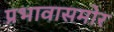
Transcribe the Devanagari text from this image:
प्रभावासमोर